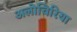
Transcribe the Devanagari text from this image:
अलोचिरिया